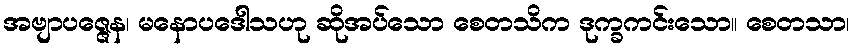
အဗျာပဇ္ဇေန၊ မနောပဒေါသဟု ဆိုအပ်သော စေတသိက ဒုက္ခကင်းသော။ စေတသာ၊